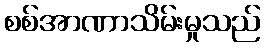
စစ်အာဏာသိမ်းမှုသည်